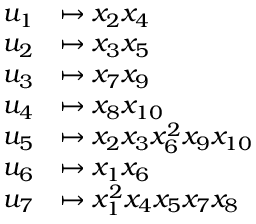
\begin{array} { r l } { u _ { 1 } } & { \mapsto x _ { 2 } x _ { 4 } } \\ { u _ { 2 } } & { \mapsto x _ { 3 } x _ { 5 } } \\ { u _ { 3 } } & { \mapsto x _ { 7 } x _ { 9 } } \\ { u _ { 4 } } & { \mapsto x _ { 8 } x _ { 1 0 } } \\ { u _ { 5 } } & { \mapsto x _ { 2 } x _ { 3 } x _ { 6 } ^ { 2 } x _ { 9 } x _ { 1 0 } } \\ { u _ { 6 } } & { \mapsto x _ { 1 } x _ { 6 } } \\ { u _ { 7 } } & { \mapsto x _ { 1 } ^ { 2 } x _ { 4 } x _ { 5 } x _ { 7 } x _ { 8 } } \end{array}